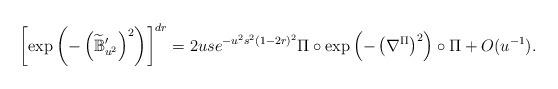
LaTeX: \begin{align*}\left[\exp\left(-\left(\widetilde{\mathbb{B}}_{u^2}'\right)^2\right)\right]^{dr}=2use^{-u^2s^2(1-2r)^2}\Pi\circ\exp\left(-\left(\nabla^{\Pi}\right)^2\right)\circ\Pi+O(u^{-1}).\end{align*}